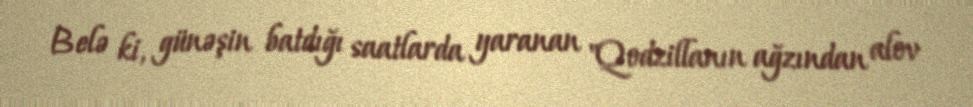
Belə ki, günəşin batdığı saatlarda yaranan "Qodzillanın ağzından alov